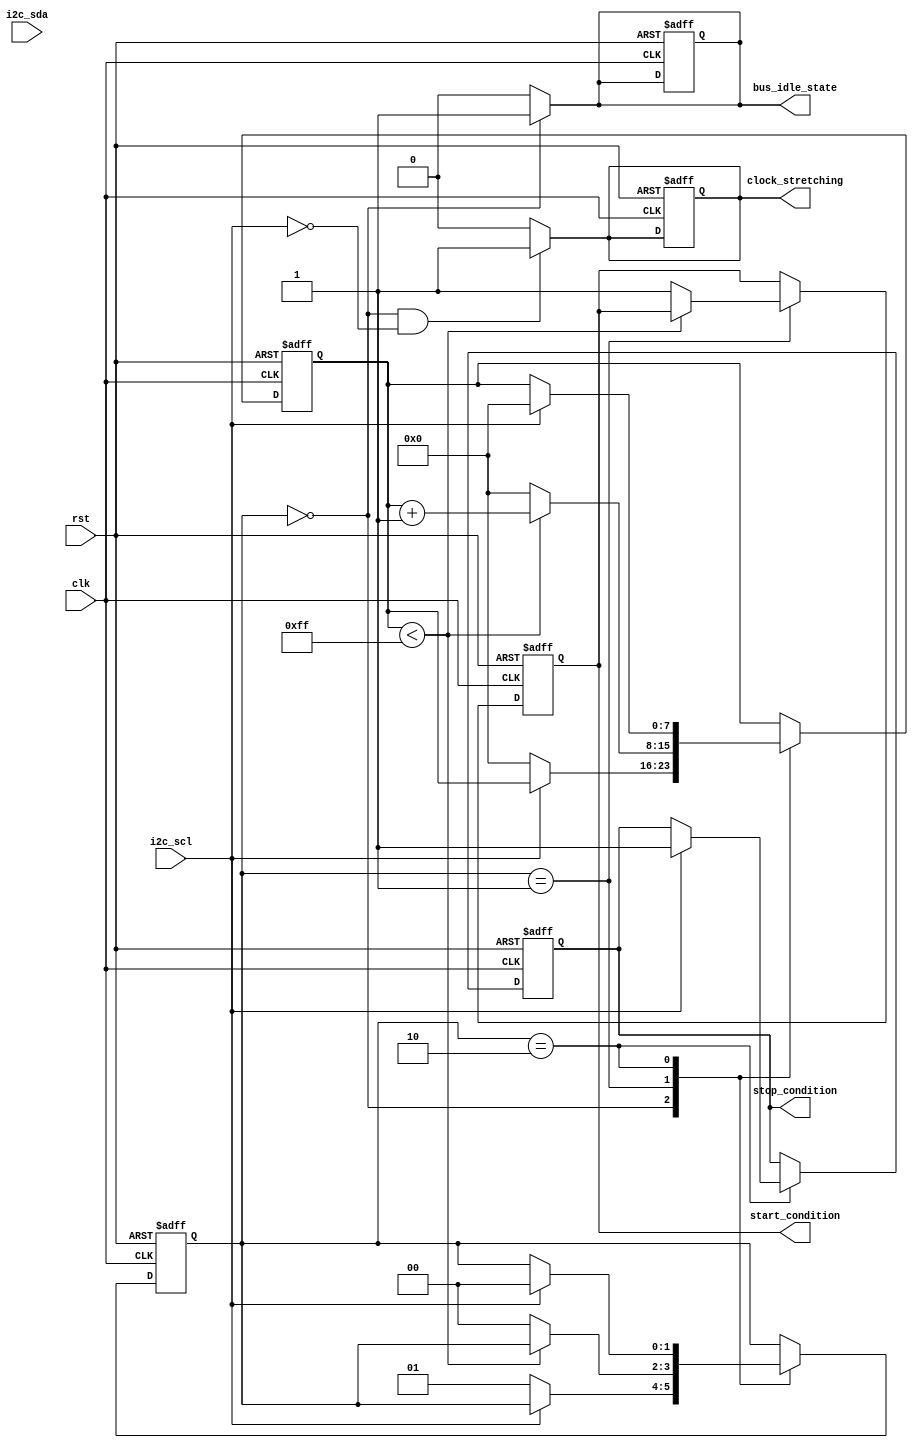
module i2c_timing_control_and_sync (
  input wire clk,
  input wire rst,
  input wire i2c_scl,
  input wire i2c_sda,
  output wire start_condition,
  output wire stop_condition,
  output wire clock_stretching,
  output wire bus_idle_state
);

reg [1:0] state;
reg [7:0] count;

parameter IDLE = 2'b00;
parameter START = 2'b01;
parameter STOP = 2'b10;

always @(posedge clk or posedge rst) begin
  if (rst) begin
    state <= IDLE;
    count <= 8'h00;
    start_condition <= 1'b0;
    stop_condition <= 1'b0;
    clock_stretching <= 1'b0;
    bus_idle_state <= 1'b1;
  end else begin
    case (state)
      IDLE: begin
        if (i2c_scl == 1'b0) begin
          state <= START;
          count <= 8'h00;
        end
      end
      START: begin
        if (count < 8'hFF) begin
          count <= count + 1;
        end else begin
          state <= IDLE;
          count <= 8'h00;
          start_condition <= 1'b1;
        end
      end
      STOP: begin
        if (i2c_scl == 1'b1) begin
          state <= IDLE;
          count <= 8'h00;
          stop_condition <= 1'b1;
        end
      end
    endcase
  end
end

assign clock_stretching = (state == IDLE && i2c_scl == 1'b0) ? 1'b1 : 1'b0;
assign bus_idle_state = (state == IDLE) ? 1'b1 : 1'b0;

endmodule